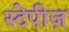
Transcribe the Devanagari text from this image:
स्टेपीज़